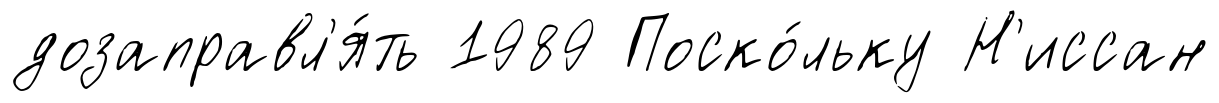
дозаправл'я́ть 1989 Поско́льку Н'иссан